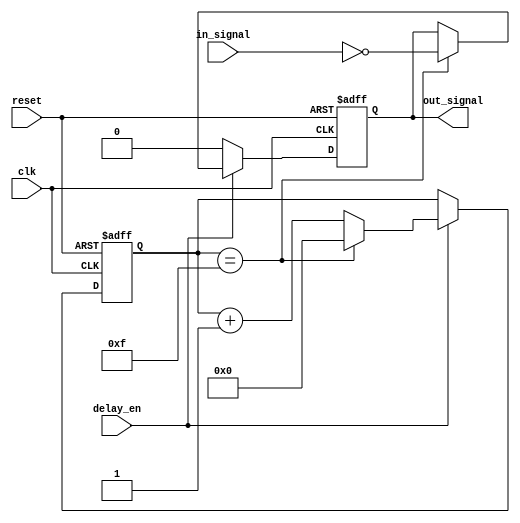
module NAND_Delay(
    input wire clk,
    input wire reset,
    input wire delay_en,
    input wire in_signal,
    output reg out_signal
);

reg [3:0] delay_count;

always @(posedge clk or posedge reset) begin
    if (reset) begin
        delay_count <= 4'b0000;
        out_signal <= 1'b0;
    end else begin
        if (delay_en) begin
            if (delay_count == 4'b1111) begin
                delay_count <= 4'b0000;
                out_signal <= ~in_signal;
            end else begin
                delay_count <= delay_count + 1;
            end
        end else begin
            out_signal <= 1'b0;
        end
    end
end

endmodule